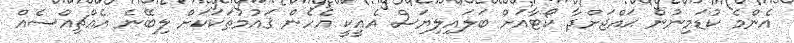
އެންމެ ކުޑަމިނުން ޙައްޖަށްދާ ކޯޓާއަށް ބަލައިލިޔަސް އެއީކީ އެހެން ޤައުމުތަކަކަށް ލިބޭނެ އެއްޗިއްސެއް